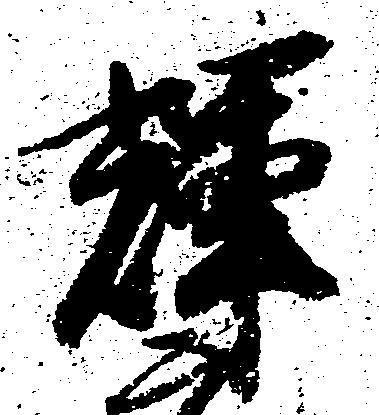
輝